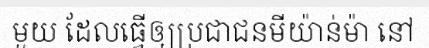
មួយ ដែលធ្វើឲ្យប្រជាជនមីយ៉ាន់ម៉ា នៅ